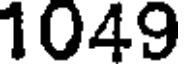
1049